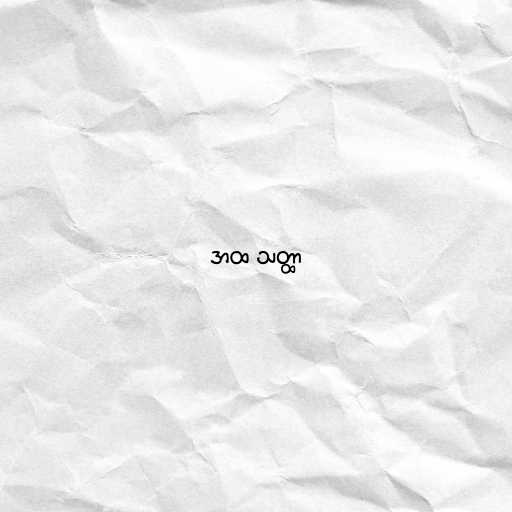
အထ သတ္ထာ